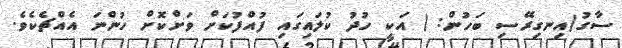
ސާގު(އިނގިރޭސި ބަހުން: ) އަކީ ހުދު ކުލައިގައި ފުއްފުކަށް ވަށްކޮށް ހުންނަ އެއްޗެކެވެ.